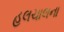
હલચાલના